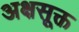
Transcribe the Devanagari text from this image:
अक्षसूक्त